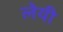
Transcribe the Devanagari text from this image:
लेयी